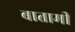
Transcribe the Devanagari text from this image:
बातामी